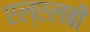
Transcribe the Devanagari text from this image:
एल्‌एलबी